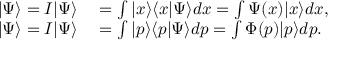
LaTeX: \begin{array} { r l } { | \Psi \rangle = I | \Psi \rangle } & { { } = \int | x \rangle \langle x | \Psi \rangle d x = \int \Psi ( x ) | x \rangle d x , } \\ { | \Psi \rangle = I | \Psi \rangle } & { { } = \int | p \rangle \langle p | \Psi \rangle d p = \int \Phi ( p ) | p \rangle d p . } \end{array}